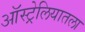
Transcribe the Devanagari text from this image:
ऑस्ट्रेलियातला